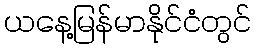
ယနေ့မြန်မာနိုင်ငံတွင်